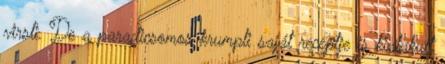
virsli. De a paradicsomos krumpli saját receptje is kialakult